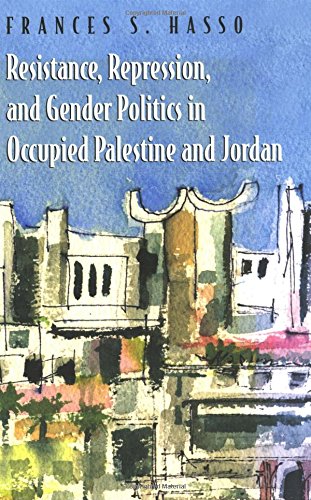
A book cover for Resistance, Repression, and Gender Politics in Occupied Palestine and Jordan (Gender, Culture, and Politics in the Middle East); Frances Hasso; History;